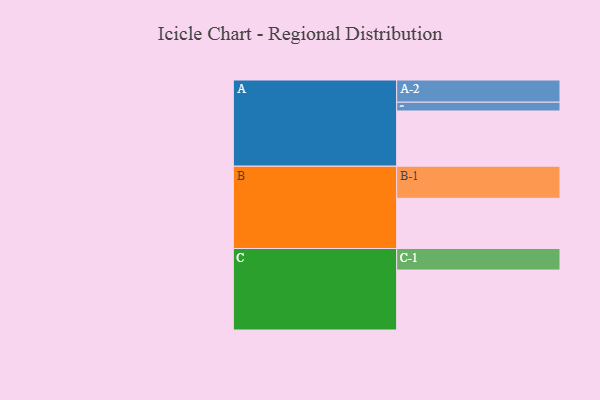
{"axis": {"x": "Segment", "y": "Value"}, "legend": ["", "A", "B", "C"], "data": [{"x": "A", "y": 433, "type": ""}, {"x": "B", "y": 393, "type": ""}, {"x": "C", "y": 470, "type": ""}, {"x": "A-1", "y": 69, "type": "A"}, {"x": "A-2", "y": 174, "type": "A"}, {"x": "B-1", "y": 252, "type": "B"}, {"x": "C-1", "y": 169, "type": "C"}]}